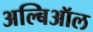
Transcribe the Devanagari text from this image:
अल्बिऑल